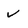
Character: v